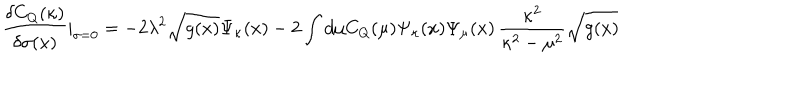
LaTeX: \frac { \delta C _ { Q } ( \kappa ) } { \delta \sigma ( x ) } | _ { \sigma = 0 } = - 2 \lambda ^ { 2 } \sqrt { g ( x ) } \Psi _ { \kappa } ( x ) - 2 \int d \mu C _ { Q } ( \mu ) \Psi _ { \kappa } ( x ) \Psi _ { \mu } ( x ) \, \frac { \kappa ^ { 2 } } { \kappa ^ { 2 } - \mu ^ { 2 } } \sqrt { g ( x ) }